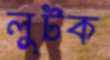
লুটক